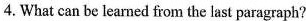
4.What can be learned from the last paragraph?